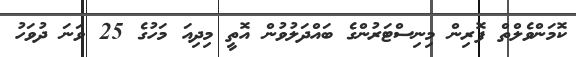
ކޮމަންވެލްތް ފޮރިން މިނިސްޓަރުންގެ ބައްދަލުވުން އޮތީ މިދިއަ މަހުގެ 25 ވަނަ ދުވަހު